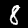
Digit: 8